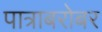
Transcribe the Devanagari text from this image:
पात्राबरोबर